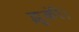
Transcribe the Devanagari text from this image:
झुकीं।